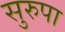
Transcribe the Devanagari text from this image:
सुरुपा